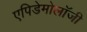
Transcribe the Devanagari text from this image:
एपिडेमोलॉजी